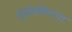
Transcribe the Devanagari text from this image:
सूर्यमणिनगर